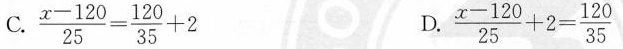
C. $$\frac { x - 1 2 0 } { 2 5 } = \frac { 1 2 0 } { 3 5 } + 2$$ D. $$\frac { x - 1 2 0 } { 2 5 } + 2 =